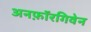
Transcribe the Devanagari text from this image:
अनफ़ॉरगिवेन